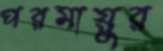
পরমায়ুর